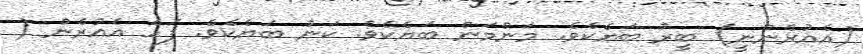
(އެއުރެންނީ) ބީރު ބަޔެކެވެ. މަންމަން ބަޔެކެވެ. ކަނު ބަޔެކެވެ. ފަހެ އެއުރެން (